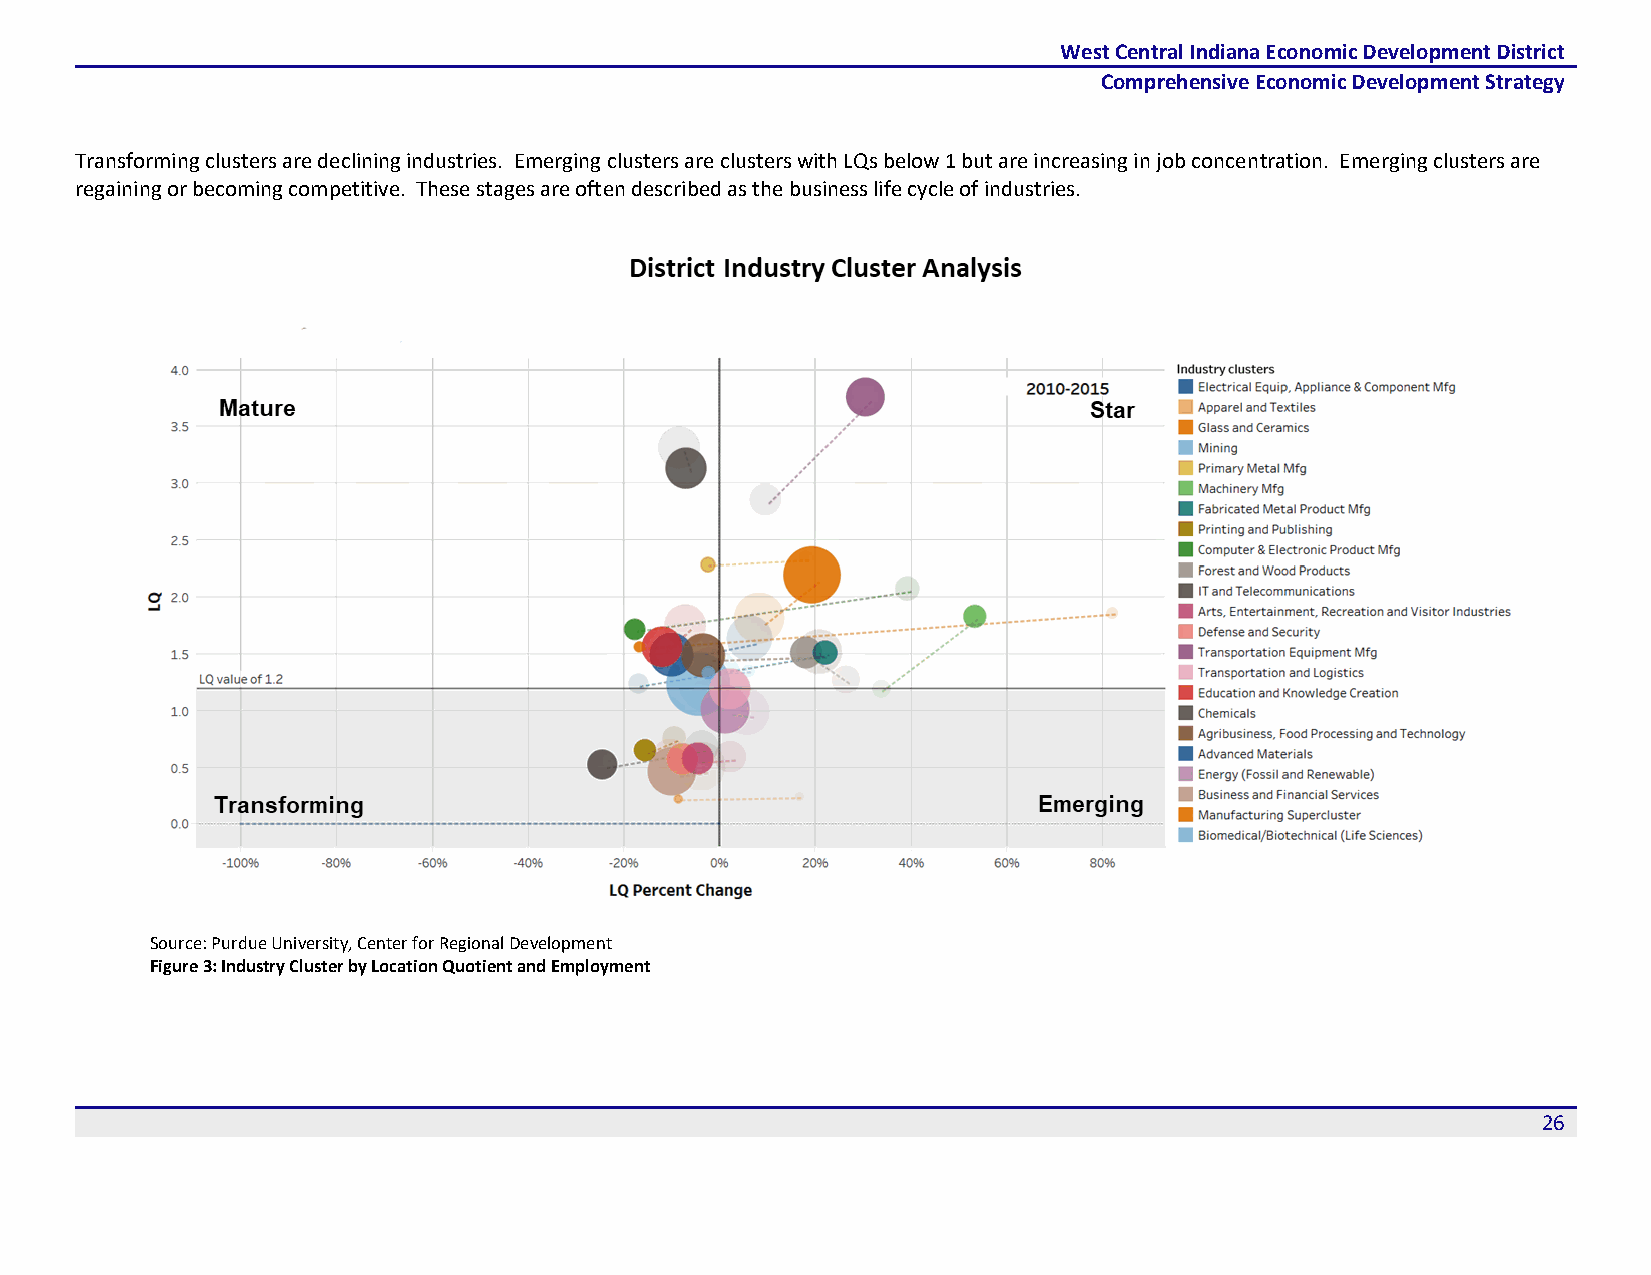
West Central Indiana Economic Development District
 Comprehensive Economic Development Strategy
 Transforming clusters are declining industries. Emerging clusters are clusters with LQs below 1 but are increasing in job concentration. Emerging clusters are
 regaining or becoming competitive. These stages are often described as the business life cycle of industries.
 Source: Purdue University, Center for Regional Development
 Figure 3: Industry Cluster by Location Quotient and Employment
 26